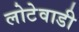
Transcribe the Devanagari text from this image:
लोटेवाडी